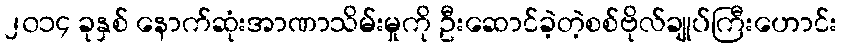
၂၀၁၄ ခုနှစ် နောက်ဆုံးအာဏာသိမ်းမှုကို ဦးဆောင်ခဲ့တဲ့စစ်ဗိုလ်ချုပ်ကြီးဟောင်း